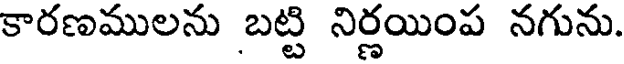
కారణములను బట్టి నిర్ణయింప నగును.